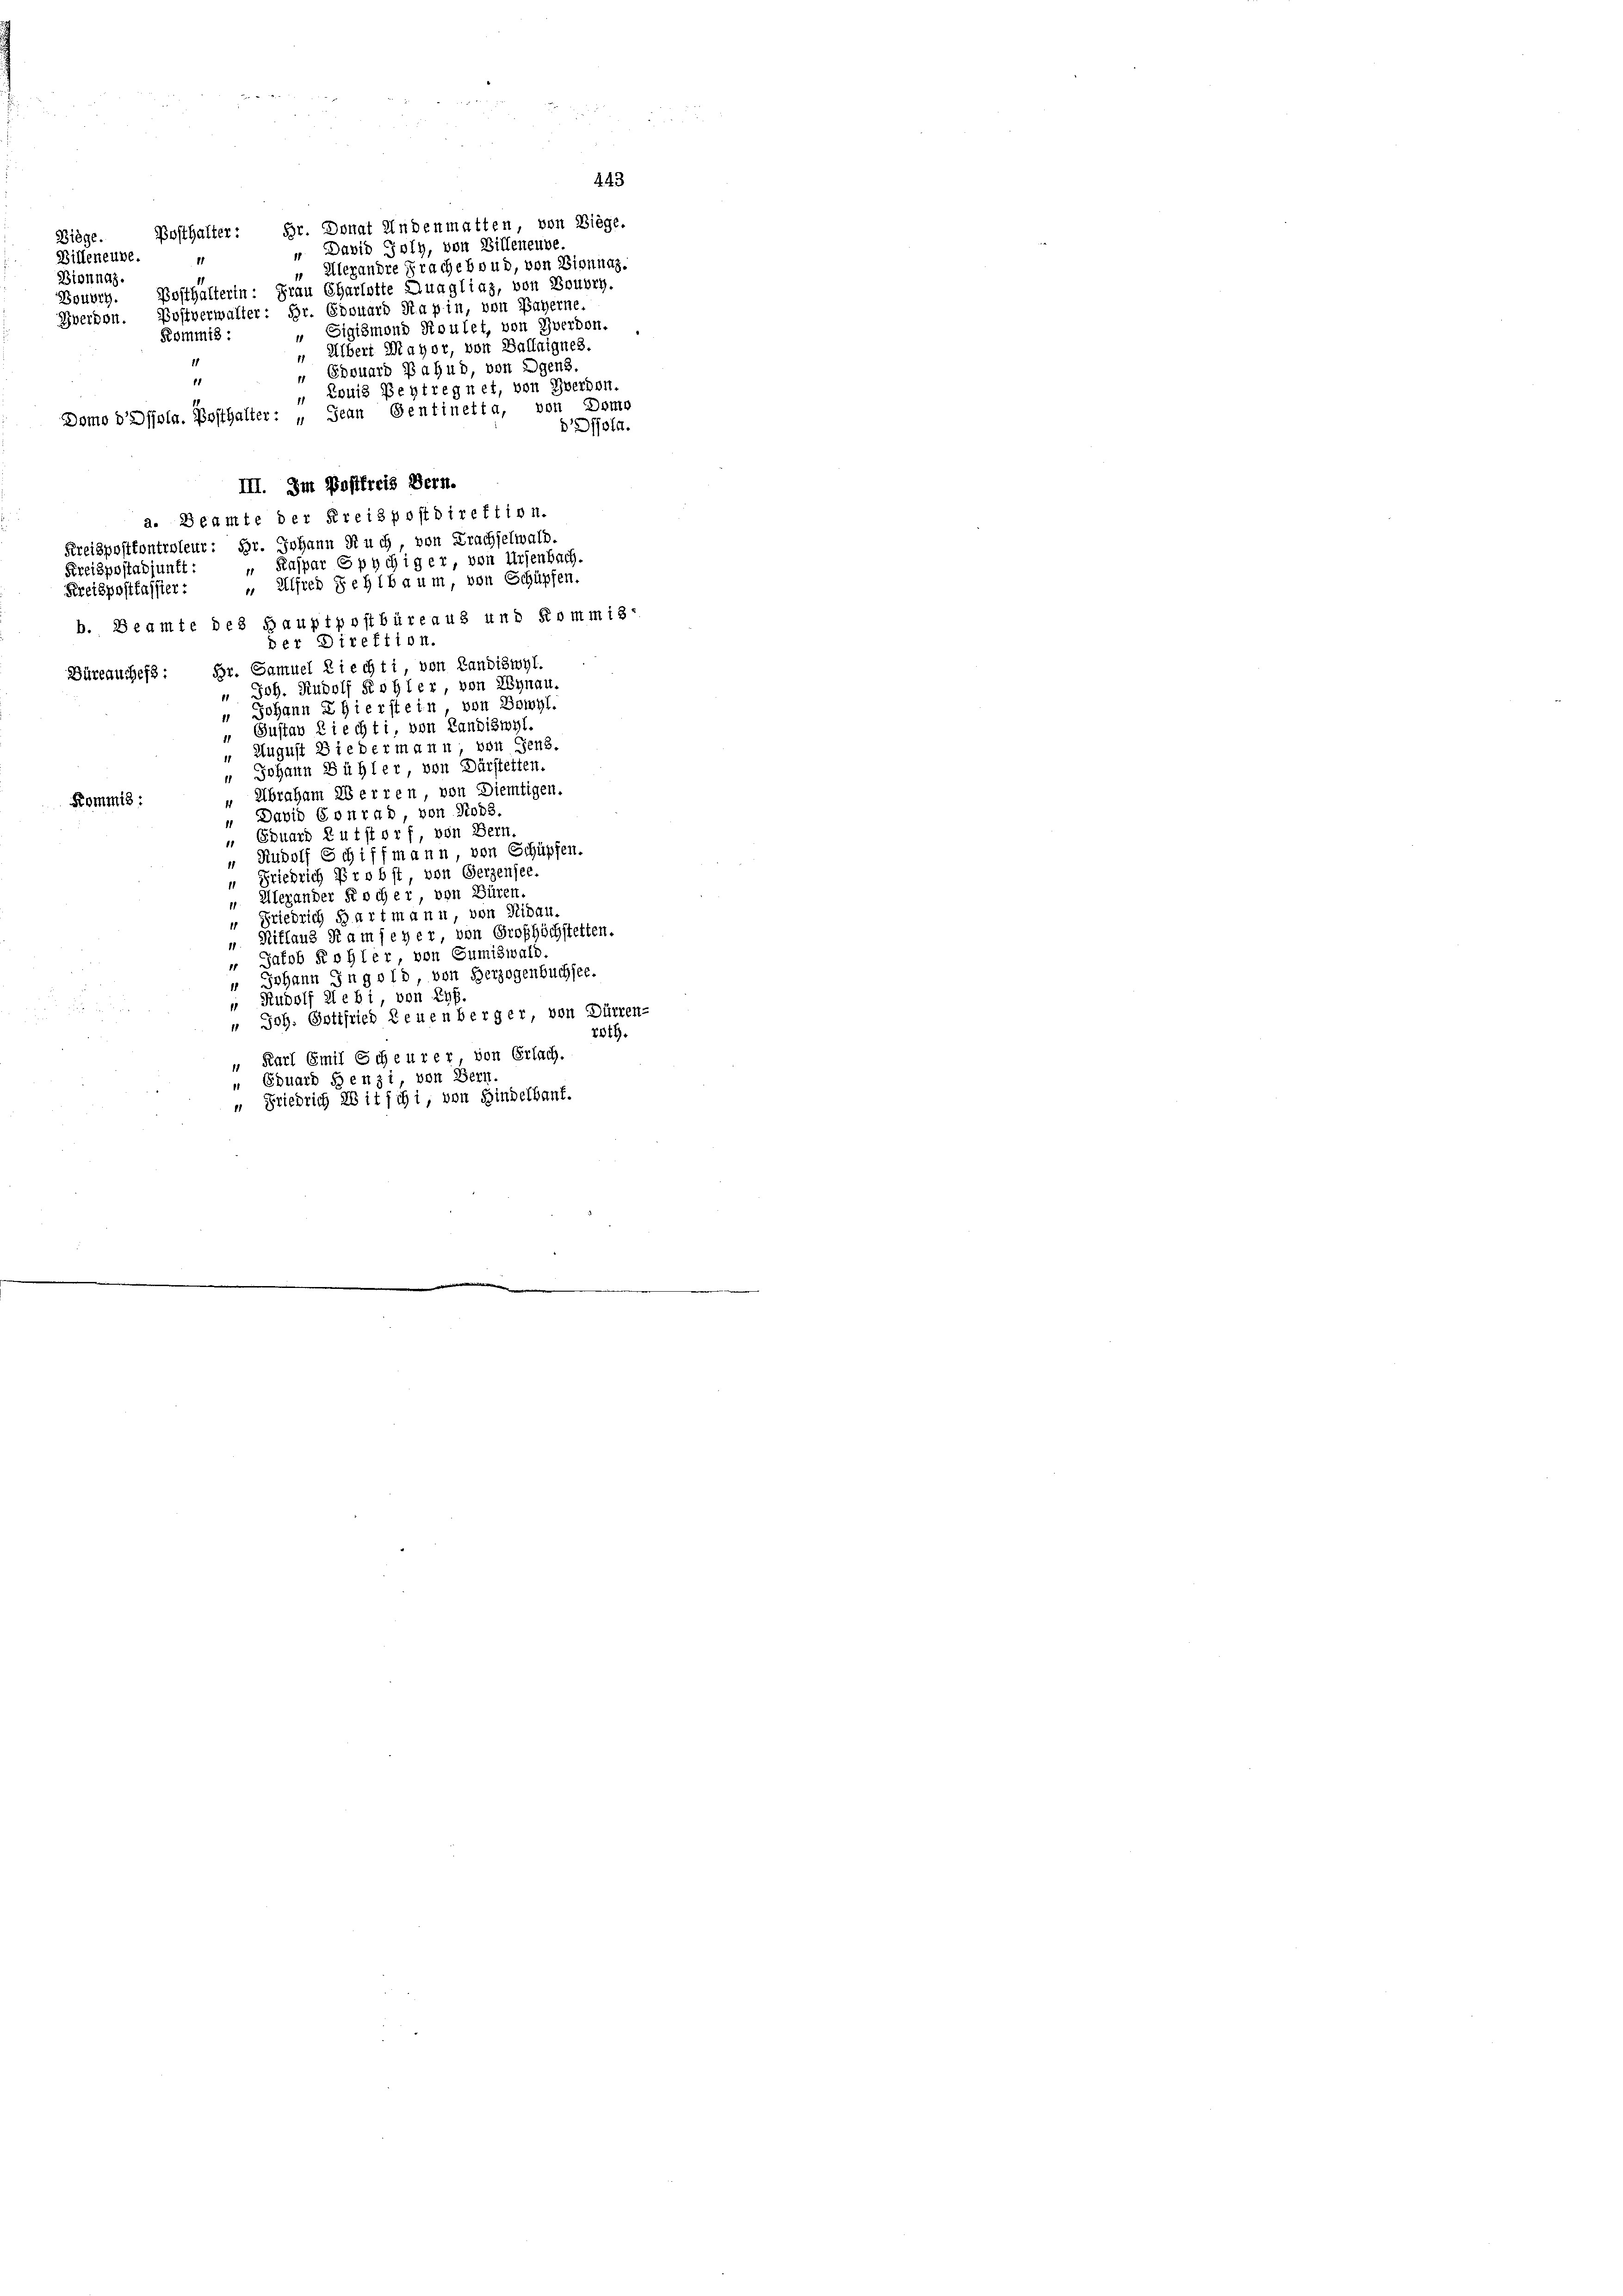
Billeneube.

Biege.

Bionnaz.

Bouvry,

Posthalter: Hr. Donat Andenmatten, von Biege.
1
Bosthalterin: Frau Charlotte Duagliaz, von Boudry.
Yverdon. Bostverwalter: Hr. Edouard Kapin, von Bayerne.
" Sigismond Roulet, von Yverbon..
Kommis :
 Albert Mayor, von Ballaignes.
11
Edouard Bahnd, von Egens.
11
15
 Louis Beytregnet, von Yberdon.
Domo d’assola. Posthalter: „Jean Sentinetta, von Dome
djola.
III. Im Postfreis Bern.
a. Beamte der Kreispostdirektion.
Kreispostkontroleur: Hr. Johann Ruch, von Krachselwald.
 Kaspar Spychig er, von Ursenbach.
Kreispostadjunkt:
 Alfred Sehibaum, von Schüpfen.
Kreispostkassier:
b. Beamte des Hauptpostbüreaus und Kommis-
der Direktion.
Büreauches: Br. Samuel Ziechti, von Landiswyl.
 Joh. Rudolf Kohler, von Egnau.
" Johann Thierstein von Bomyl.
Gustav Ziechti, von Landiswyl.
 August Biedermann, von Sens.
 Johann Bühler, von Dürstelten.
" Abraham Herren, von Diemtigen.
Kommis:
David Conrad von Ross
1
„ Eduard Rutstorf, von Bern.
“ Rudolf Schiffmann, von Schüpfen.
“ Friedrich Probst von Gerzensee.
 Alexander Rocher, von Büren,
“ Friedrich Hartmann von Nidau.
„ Nitlaus Ram feyer von Grofhöchstetten.
 Jakob Rohler von Sumiswald
" Johann Ingold, von Herzogenbuchsee.
 Rudolf Wie bi, von Epp.

" Joh. Gottfried Leuenberger von Dürren-
roth.
Karl Emil Scheurer von Erlach.
 Eduard Henzi, von Bern
„ Friedrich abitschi, von Hindelbauf.

David Poly, von Billeneube.
" Alexandre Frache boud, von Biennaz.